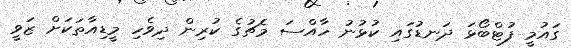
ގައުމީ ފުޓްބޯޅަ ދަނޑުގައި ކުޅުނު ހާއްސަ މެޗުގެ ކުރިން ދިވެހި މީޑިއާތަކަށް ޒަވީ